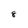
Character: 8